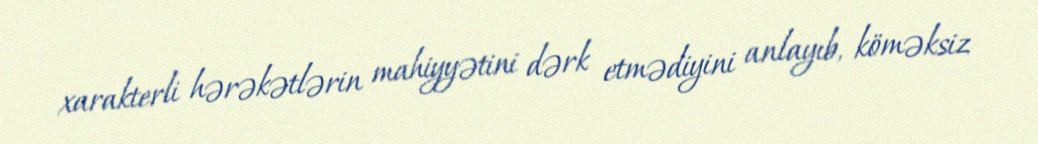
xarakterli hərəkətlərin mahiyyətini dərk etmədiyini anlayıb, köməksiz